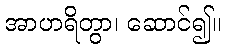
အာဟရိတွာ၊ ဆောင်၍။